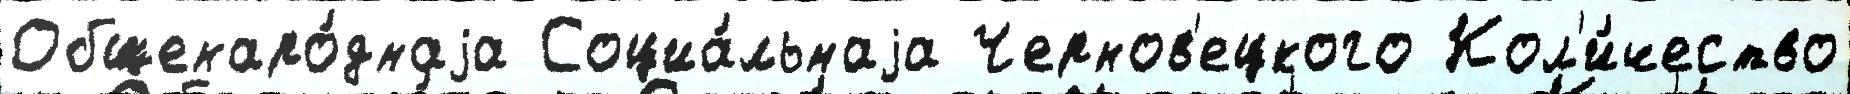
Общенаро́днаjа Социа́льнаjа Чернов'ецкого Кол'и́чество